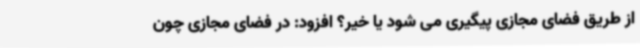
از طریق فضای مجازی پیگیری می شود یا خیر؟ افزود: در فضای مجازی چون